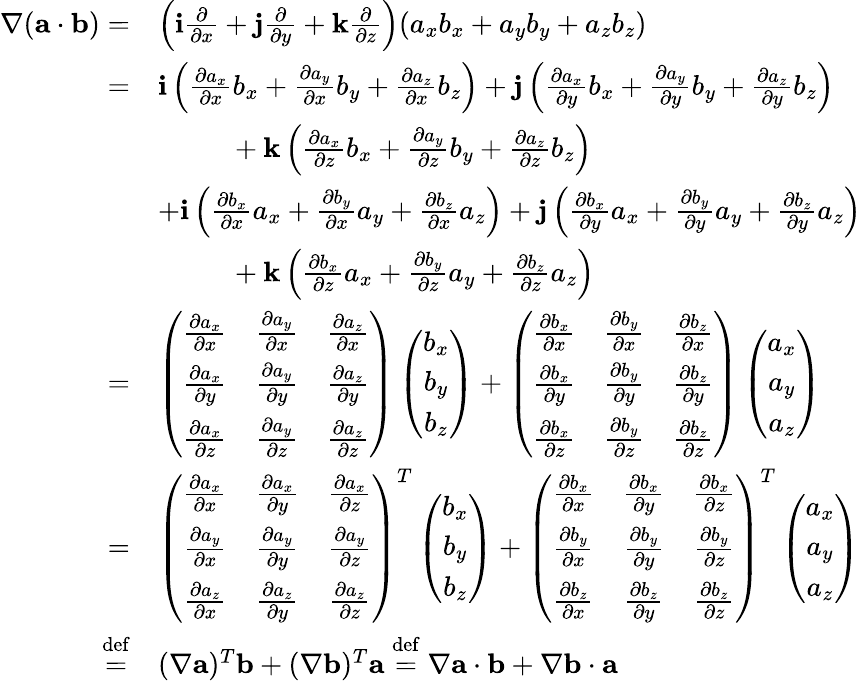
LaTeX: \begin{array}{rl}{\nabla({\mathbf a}\cdot{\mathbf b})=}&{\left({\mathbf i}\frac{\partial}{\partial x}+{\mathbf j}\frac{\partial}{\partial y}+{\mathbf k}\frac{\partial}{\partial z}\right)(a_{x}b_{x}+a_{y}b_{y}+a_{z}b_{z})}\\ {=}&{{\mathbf i}\left(\frac{\partial a_{x}}{\partial x}b_{x}+\frac{\partial a_{y}}{\partial x}b_{y}+\frac{\partial a_{z}}{\partial x}b_{z}\right)+{\mathbf j}\left(\frac{\partial a_{x}}{\partial y}b_{x}+\frac{\partial a_{y}}{\partial y}b_{y}+\frac{\partial a_{z}}{\partial y}b_{z}\right)}\\ &{\ \ \ \ \ \ \ \ \ \ +{\mathbf k}\left(\frac{\partial a_{x}}{\partial z}b_{x}+\frac{\partial a_{y}}{\partial z}b_{y}+\frac{\partial a_{z}}{\partial z}b_{z}\right)}\\ &{+{\mathbf i}\left(\frac{\partial b_{x}}{\partial x}a_{x}+\frac{\partial b_{y}}{\partial x}a_{y}+\frac{\partial b_{z}}{\partial x}a_{z}\right)+{\mathbf j}\left(\frac{\partial b_{x}}{\partial y}a_{x}+\frac{\partial b_{y}}{\partial y}a_{y}+\frac{\partial b_{z}}{\partial y}a_{z}\right)}\\ &{\ \ \ \ \ \ \ \ \ \ +{\mathbf k}\left(\frac{\partial b_{x}}{\partial z}a_{x}+\frac{\partial b_{y}}{\partial z}a_{y}+\frac{\partial b_{z}}{\partial z}a_{z}\right)}\\ {=}&{\left(\begin{array}{ccc}{\frac{\partial a_{x}}{\partial x}}&{\frac{\partial a_{y}}{\partial x}}&{\frac{\partial a_{z}}{\partial x}}\\ {\frac{\partial a_{x}}{\partial y}}&{\frac{\partial a_{y}}{\partial y}}&{\frac{\partial a_{z}}{\partial y}}\\ {\frac{\partial a_{x}}{\partial z}}&{\frac{\partial a_{y}}{\partial z}}&{\frac{\partial a_{z}}{\partial z}}\end{array}\right)\left(\begin{array}{c}{b_{x}}\\ {b_{y}}\\ {b_{z}}\end{array}\right)+\left(\begin{array}{ccc}{\frac{\partial b_{x}}{\partial x}}&{\frac{\partial b_{y}}{\partial x}}&{\frac{\partial b_{z}}{\partial x}}\\ {\frac{\partial b_{x}}{\partial y}}&{\frac{\partial b_{y}}{\partial y}}&{\frac{\partial b_{z}}{\partial y}}\\ {\frac{\partial b_{x}}{\partial z}}&{\frac{\partial b_{y}}{\partial z}}&{\frac{\partial b_{z}}{\partial z}}\end{array}\right)\left(\begin{array}{c}{a_{x}}\\ {a_{y}}\\ {a_{z}}\end{array}\right)}\\ {=}&{\left(\begin{array}{ccc}{\frac{\partial a_{x}}{\partial x}}&{\frac{\partial a_{x}}{\partial y}}&{\frac{\partial a_{x}}{\partial z}}\\ {\frac{\partial a_{y}}{\partial x}}&{\frac{\partial a_{y}}{\partial y}}&{\frac{\partial a_{y}}{\partial z}}\\ {\frac{\partial a_{z}}{\partial x}}&{\frac{\partial a_{z}}{\partial y}}&{\frac{\partial a_{z}}{\partial z}}\end{array}\right)^{T}\left(\begin{array}{c}{b_{x}}\\ {b_{y}}\\ {b_{z}}\end{array}\right)+\left(\begin{array}{ccc}{\frac{\partial b_{x}}{\partial x}}&{\frac{\partial b_{x}}{\partial y}}&{\frac{\partial b_{x}}{\partial z}}\\ {\frac{\partial b_{y}}{\partial x}}&{\frac{\partial b_{y}}{\partial y}}&{\frac{\partial b_{y}}{\partial z}}\\ {\frac{\partial b_{z}}{\partial x}}&{\frac{\partial b_{z}}{\partial y}}&{\frac{\partial b_{z}}{\partial z}}\end{array}\right)^{T}\left(\begin{array}{c}{a_{x}}\\ {a_{y}}\\ {a_{z}}\end{array}\right)}\\ {\stackrel{\operatorname{def}}{=}}&{(\nabla{\mathbf a})^{T}{\mathbf b}+(\nabla{\mathbf b})^{T}{\mathbf a}\stackrel{\operatorname{def}}{=}\nabla{\mathbf a}\cdot{\mathbf b}+\nabla{\mathbf b}\cdot{\mathbf a}}\end{array}